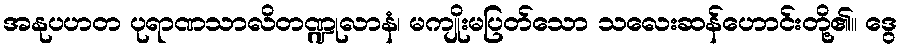
အနုပဟတ ပုရာဏသာလိတဏ္ဍုလာနံ၊ မကျိုးမပြတ်သော သလေးဆန်ဟောင်းတို့၏။ ဒွေ